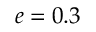
e = 0 . 3